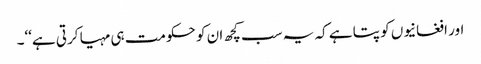
اور افغانیوں کو پتا ہے کہ یہ سب کچھ ان کو حکومت ہی مہیا کرتی ہے‘‘۔